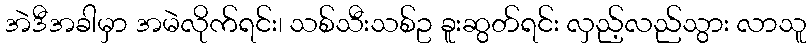
အဲဒီအခါမှာ အမဲလိုက်ရင်း၊ သစ်သီးသစ်ဥ ခူးဆွတ်ရင်း လှည့်လည်သွား လာသူ